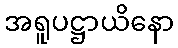
အရူပဋ္ဌာယိနော